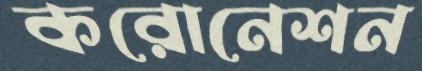
করোনেশন